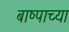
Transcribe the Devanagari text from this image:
बाष्पाच्या